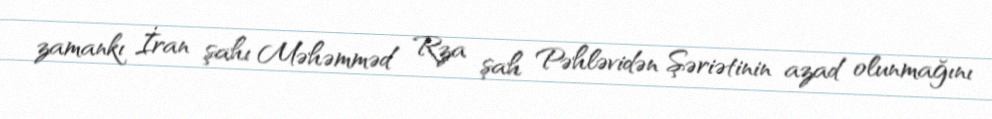
zamankı İran şahı Məhəmməd Rza şah Pəhləvidən Şəriətinin azad olunmağını